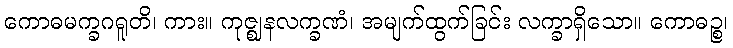
ကောဓမက္ခဂရူတိ၊ ကား။ ကုဇ္ဈနလက္ခဏံ၊ အမျက်ထွက်ခြင်း လက္ခာရှိသော။ ကောဓဉ္စ၊